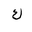
Letter: _kaf